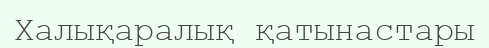
Халықаралық қатынастары